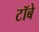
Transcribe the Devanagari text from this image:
टॉबे